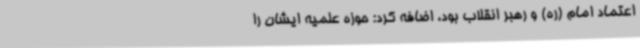
اعتماد امام (ره) و رهبر انقلاب بود، اضافه کرد: حوزه علمیه ایشان را